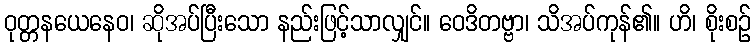
ဝုတ္တနယေနေဝ၊ ဆိုအပ်ပြီးသော နည်းဖြင့်သာလျှင်။ ဝေဒိတဗ္ဗာ၊ သိအပ်ကုန်၏။ ဟိ၊ စိုးစဉ်